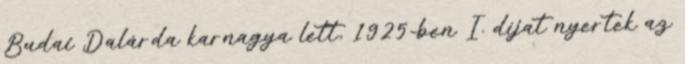
Budai Dalárda karnagya lett, 1925-ben I. díjat nyertek az